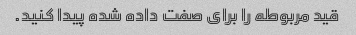
قید مربوطه را برای صفت داده شده پیدا کنید.